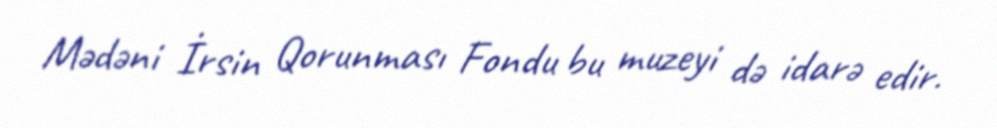
Mədəni İrsin Qorunması Fondu bu muzeyi də idarə edir.